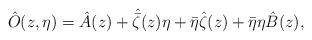
LaTeX: \begin{align*}\hat{O}(z,\eta)= \hat{A}(z) + \hat{\bar{\zeta}}(z) \eta+\bar{\eta} \hat{\zeta}(z) + \bar{\eta} \eta \hat{B}(z),\end{align*}